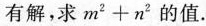
有解，求$$m^{2}+n^{2}$$的值.